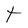
Character: t